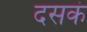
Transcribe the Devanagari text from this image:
दसकं